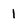
Character: 1